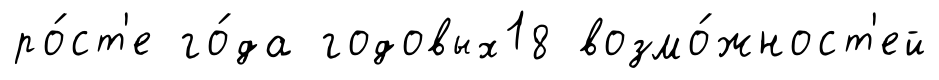
ро́ст'е го́да годовых18 возмо́жност'ей